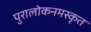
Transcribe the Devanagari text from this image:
पुरालोकनमस्कृत